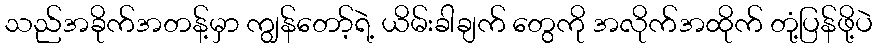
သည်အခိုက်အတန့်မှာ ကျွန်တော့်ရဲ့ ယိမ်းခါချက် တွေကို အလိုက်အထိုက် တုံ့ပြန်ဖို့ပဲ